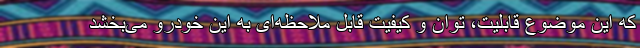
که این موضوع قابلیت، توان و کیفیت قابل ملاحظه‌ای به این خودرو می‌بخشد